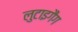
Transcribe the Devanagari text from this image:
लुटाइगैंग